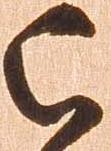
被